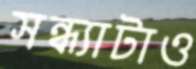
সন্ধ্যাটাও